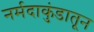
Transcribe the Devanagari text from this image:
नर्मदाकुंडातून